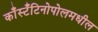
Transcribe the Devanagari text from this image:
काँस्टँटिनोपोलमधील